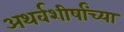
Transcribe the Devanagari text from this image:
अथर्वशीर्षांच्या